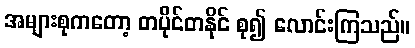
အများစုကတော့ တပိုင်တနိုင် စု၍ လောင်းကြသည်။